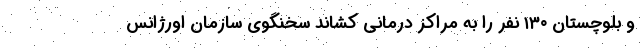
و بلوچستان ۱۳۰ نفر را به مراکز درمانی کشاند سخنگوی سازمان اورژانس